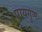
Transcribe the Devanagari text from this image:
पायगुण